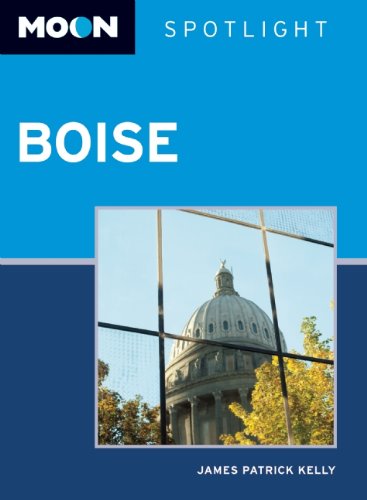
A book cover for Moon Spotlight Boise: Including the Snake River Valley; James P. Kelly; Travel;